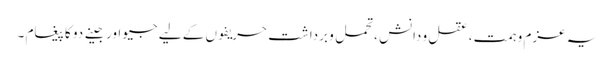
یہ عزم و ہمت ، عقل و دانش ،تحمل و برداشت حریفوں کے لیے جیو اور جینے دو کا پیغام ۔